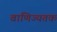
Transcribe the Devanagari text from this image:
वाणिज्यतक